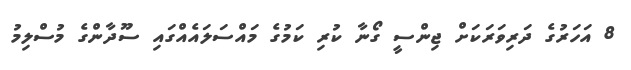
8 އަހަރުގެ ދަރިވަރަކަށް ޖިންސީ ގޯނާ ކުރި ކަމުގެ މައްސަލައެއްގައި ސޫދާންގެ މުސްލިމު